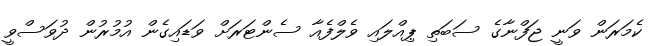
ކެމަރަން ވަނީ ޖަފްނާގެ ސަބަތި ޕިއްލައި ވެލްފެއާ ސެންޓަރަށް ވަޑައިގެން އުމުރުން ދުވަސްވީ